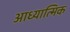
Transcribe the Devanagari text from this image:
आध्‍यात्मिक